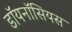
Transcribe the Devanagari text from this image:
डॉयनॉसियस